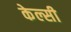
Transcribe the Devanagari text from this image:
केल्सी